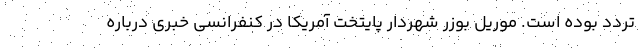
تردد بوده است. موریل بوزر شهردار پایتخت آمریکا در کنفرانسی خبری درباره